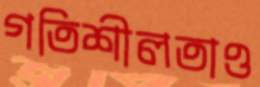
গতিশীলতাও